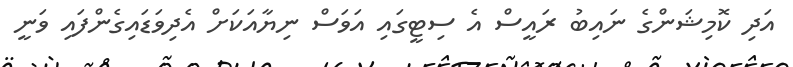
އަދި ކޮމިޝަންގެ ނައިބު ރައީސް އެ ސިޓީގައި އަވަސް ނިޔާއަކަށް އެދިވަޑައިގެންފައި ވަނީ